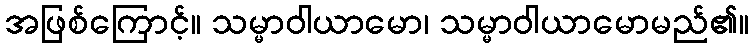
အဖြစ်ကြောင့်။ သမ္မာဝါယာမော၊ သမ္မာဝါယာမောမည်၏။